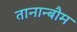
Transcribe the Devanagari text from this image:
तानान्बौम